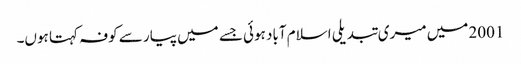
2001 میں میری تبدیلی اسلام آباد ہوئی جسے میں پیار سے کوفہ کہتا ہوں۔